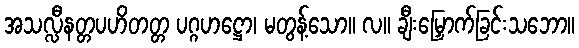
အသလ္လီနတ္တပဟိတတ္တ ပဂ္ဂဟဋ္ဌော၊ မတွန့်သော။ လ။ ချီးမြှောက်ခြင်းသဘော။